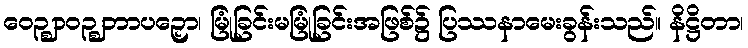
ဝေဉ္ဈာဝဉ္ဈဘာပဉှော၊ မြုံခြင်းမမြုံခြင်းအဖြစ်၌ ပြဿနာမေးခွန်းသည်။ နိဋ္ဌိတာ၊